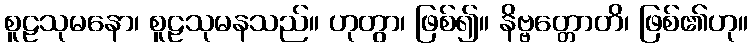
စူဠသုမနော၊ စူဠသုမနသည်။ ဟုတွာ၊ ဖြစ်၍။ နိဗ္ဗတ္တောတိ၊ ဖြစ်၏ဟု။